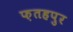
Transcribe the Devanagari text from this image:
फ़तहपुर